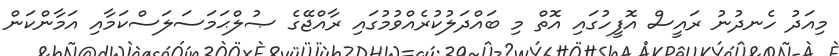
މިއަދު ހެނދުނު ރައީސް އޮފީހުގައި އޮތް މި ބައްދަލުކުރެއްވުމުގައި ރާއްޖޭގެ ޞުލްޙަމަސަލަސްކަމާއި އަމާންކަން